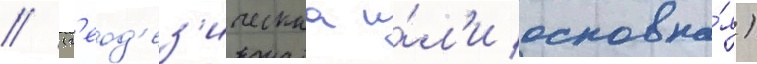
// (г'еод'ез'ическаа и́л'и основна́я)